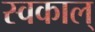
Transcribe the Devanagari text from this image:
स्वकाल्